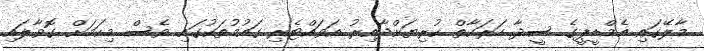
މާލޭގައި އެމްޑީޕީގެ ސީދާ ހަރަކާތް ކުރިޔަށްދާއިރު އަވައްޓެރި ގައުމުތަކުގައި ވެސް މިކަމަށް ގޮވާލައި